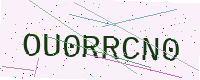
Text: OU0RRCN0